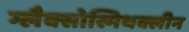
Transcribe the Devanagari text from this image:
ग्लैक्सोस्मिथक्लीन